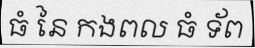
ធំ នៃ កងពល ធំ ទ័ព